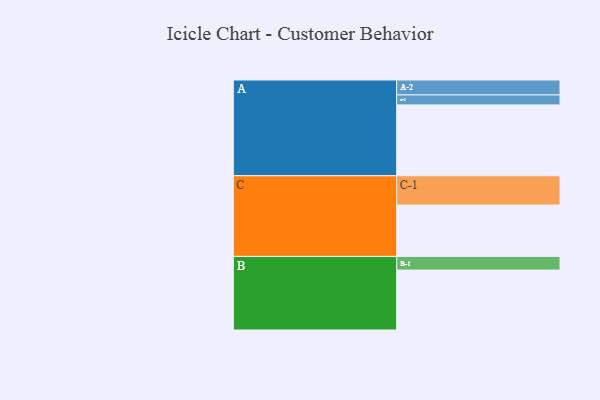
{"axis": {"x": "Segment", "y": "Value"}, "legend": ["", "A", "B", "C"], "data": [{"x": "A", "y": 441, "type": ""}, {"x": "B", "y": 373, "type": ""}, {"x": "C", "y": 320, "type": ""}, {"x": "A-1", "y": 62, "type": "A"}, {"x": "A-2", "y": 93, "type": "A"}, {"x": "B-1", "y": 85, "type": "B"}, {"x": "C-1", "y": 182, "type": "C"}]}